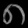
Digit: ၈